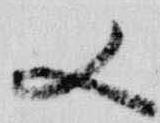
又